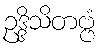
ဥဒ္ဒိသိတဗ္ဗံ